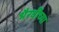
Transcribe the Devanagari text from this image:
भैरवींच्या